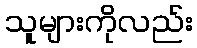
သူများကိုလည်း